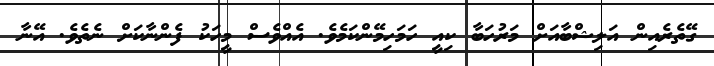
ގޭތެރެއިން އަލިޝްބާއަށް މަރުހަބާ ކިއީ ހަމަހިމޭންކަމެވެ. އެއްވެސް މީހަކު ފެންނާކަށް ނެތެވެ. އޭނާ